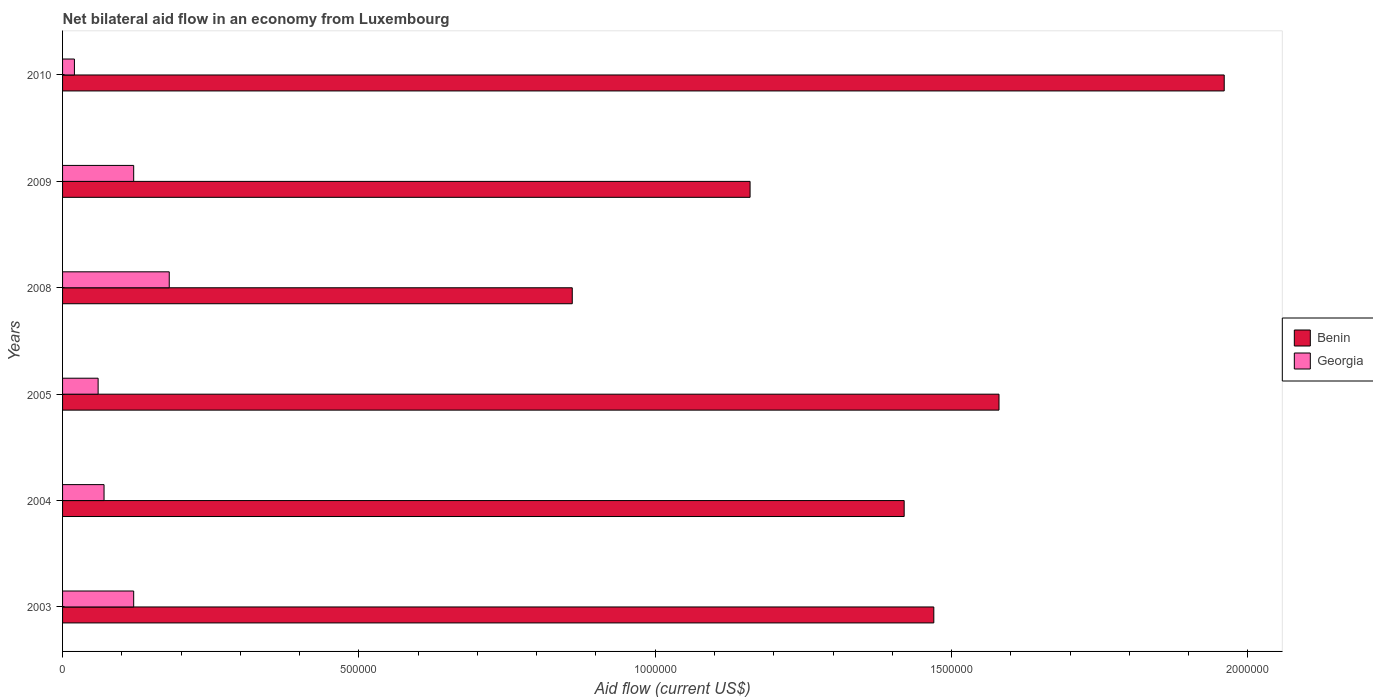
| Years | Benin | Georgia |
 | --- | --- | --- |
 | 2003 | 1.47e+06 | 1.2e+05 |
 | 2004 | 1.42e+06 | 7e+04 |
 | 2005 | 1.58e+06 | 6e+04 |
 | 2008 | 8.6e+05 | 1.8e+05 |
 | 2009 | 1.16e+06 | 1.2e+05 |
 | 2010 | 1.96e+06 | 2e+04 |